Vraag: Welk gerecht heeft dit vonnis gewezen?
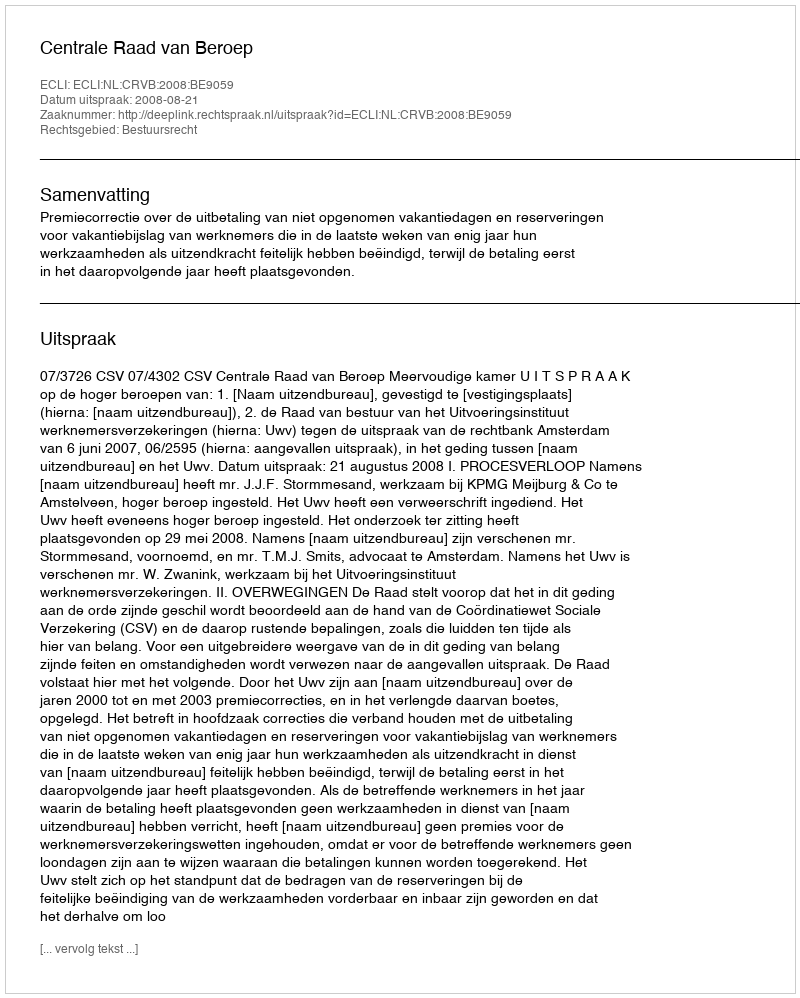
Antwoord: Centrale Raad van Beroep